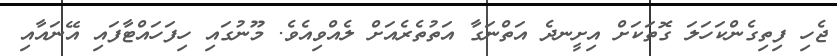
ޖެހި ފިތިގެންކަހަލަ ގޮތަކަށް އިށީނދެ އަތްނަގާ އަތުތެރެއަށް ލެއްވިއެވެ. މޫނުގައި ހިފަހައްޓާފައި އޭނައާއި